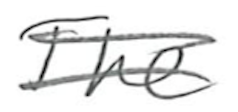
Text: The
Cross-out: double-line
Writing tool: pencil